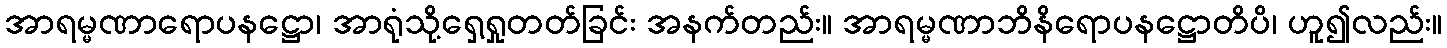
အာရမ္မဏာရောပနဋ္ဌော၊ အာရုံသို့ရှေ့ရှုတတ်ခြင်း အနက်တည်း။ အာရမ္မဏာဘိနိရောပနဋ္ဌောတိပိ၊ ဟူ၍လည်း။